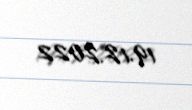
19.12.2022